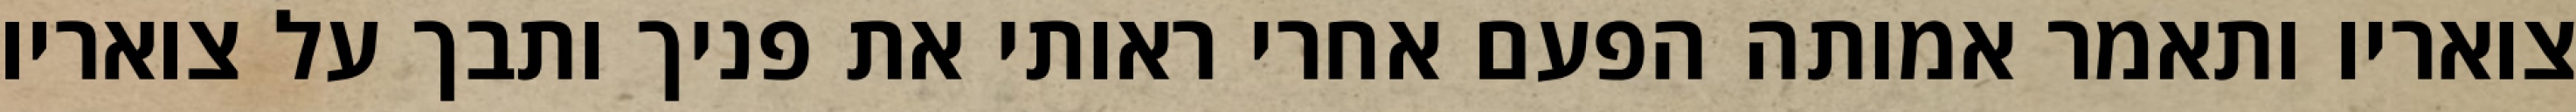
צואריו ותאמר אמותה הפעם אחרי ראותי את פניך ותבך על צואריו